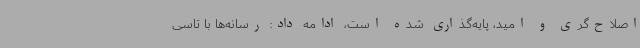
اصلاح‌گری و امید، پایه‌گذاری شده است، ادامه داد: رسانه‌ها با تاسی